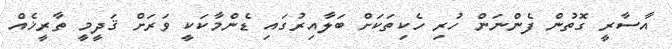
އާސާރީ ގޮތުން ފެންނަން ހުރި ހެކިތަކަށް ބަލާއިރުގައި ޑެންމާކަކީ ވަރަށް ޤަދީމީ ތާރީޚެއް